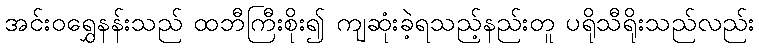
အင်းဝရွှေနန်းသည် ထဘီကြီးစိုး၍ ကျဆုံးခဲ့ရသည့်နည်းတူ ပရိုသီရိုးသည်လည်း